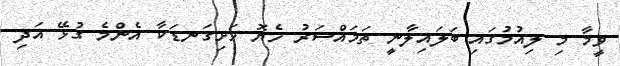
ވީމާ މި ލިއުމުގައި ބަލައިލާނީ ތަމައްސަރު ހެޔޮ ހަށިގަނޑަކާ އެންމެ ގުޅޭ އަދި